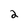
Character: 2